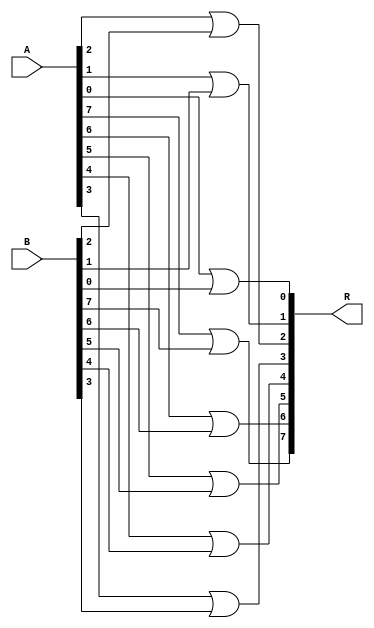
module eight_bit_OR(R,A,B);
		input wire[0:7] A,B;
		output wire[0:7] R;
		
		or(R[0],A[0],B[0]);
		or(R[1],A[1],B[1]);
		or(R[2],A[2],B[2]);
		or(R[3],A[3],B[3]);
		or(R[4],A[4],B[4]);
		or(R[5],A[5],B[5]);
		or(R[6],A[6],B[6]);
		or(R[7],A[7],B[7]);
		
endmodule